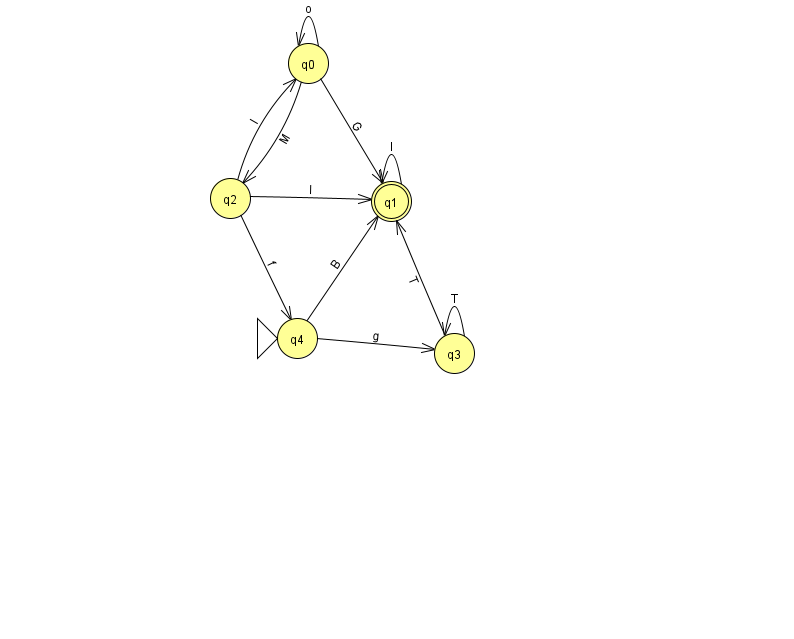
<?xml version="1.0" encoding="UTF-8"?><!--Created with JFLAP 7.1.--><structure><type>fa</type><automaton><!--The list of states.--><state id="0" name="q0"><x>308.0</x><y>50.0</y></state><state id="1" name="q1"><x>391.0</x><y>188.0</y><final/></state><state id="2" name="q2"><x>230.0</x><y>185.0</y></state><state id="3" name="q3"><x>454.0</x><y>340.0</y></state><state id="4" name="q4"><x>297.0</x><y>325.0</y><initial/></state><!--The list of transitions.--><transition><from>3</from><to>3</to><read>T</read></transition><transition><from>2</from><to>0</to><read>l</read></transition><transition><from>3</from><to>1</to><read>T</read></transition><transition><from>0</from><to>2</to><read>M</read></transition><transition><from>2</from><to>1</to><read>I</read></transition><transition><from>4</from><to>3</to><read>g</read></transition><transition><from>2</from><to>4</to><read>f</read></transition><transition><from>1</from><to>1</to><read>l</read></transition><transition><from>0</from><to>1</to><read>G</read></transition><transition><from>4</from><to>1</to><read>B</read></transition><transition><from>0</from><to>0</to><read>o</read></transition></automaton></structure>